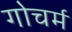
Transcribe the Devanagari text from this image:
गोचर्म